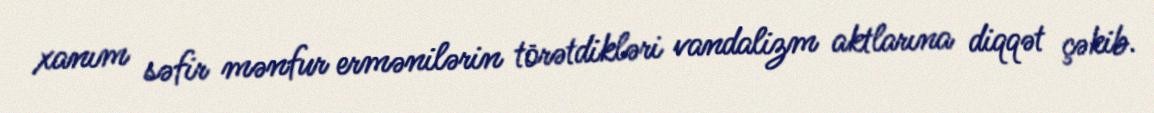
xanım səfir mənfur ermənilərin törətdikləri vandalizm aktlarına diqqət çəkib.